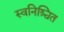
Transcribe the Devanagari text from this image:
स्वनिश्चित